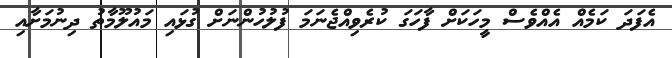
އެފަދަ ކަމެއް އެއްވެސް މީހަކަށް ފާހަގަ ކުރެވިއްޖެނަމަ ފުލުހުންނަށް ގުޅައި މައުލޫމާތު ދިނުމަށާއި